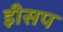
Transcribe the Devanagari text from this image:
इीसप